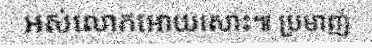
អស់លោកអោយសោះ៕ ប្រមាញ់